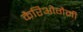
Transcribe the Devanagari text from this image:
कैरिओगैमी